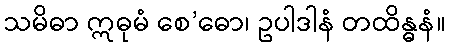
သမိဓာ ဣဓုမံ စေ’ဓော၊ ဥပါဒါနံ တထိန္ဓနံ။